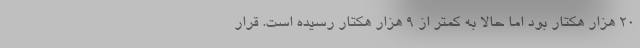
۲۰ هزار هکتار بود اما حالا به کمتر از ۹ هزار هکتار رسیده است. قرار